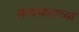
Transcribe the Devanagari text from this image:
सत्यभामाच्या